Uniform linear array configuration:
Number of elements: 8
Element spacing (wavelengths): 0.5
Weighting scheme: uniform
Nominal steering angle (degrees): -60
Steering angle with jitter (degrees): -58.065
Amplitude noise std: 0.05
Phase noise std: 0.05

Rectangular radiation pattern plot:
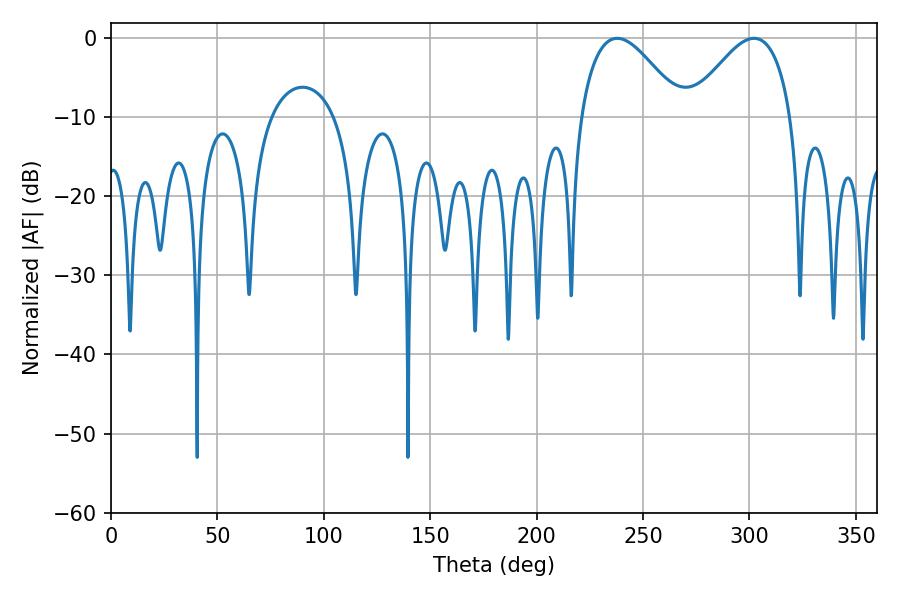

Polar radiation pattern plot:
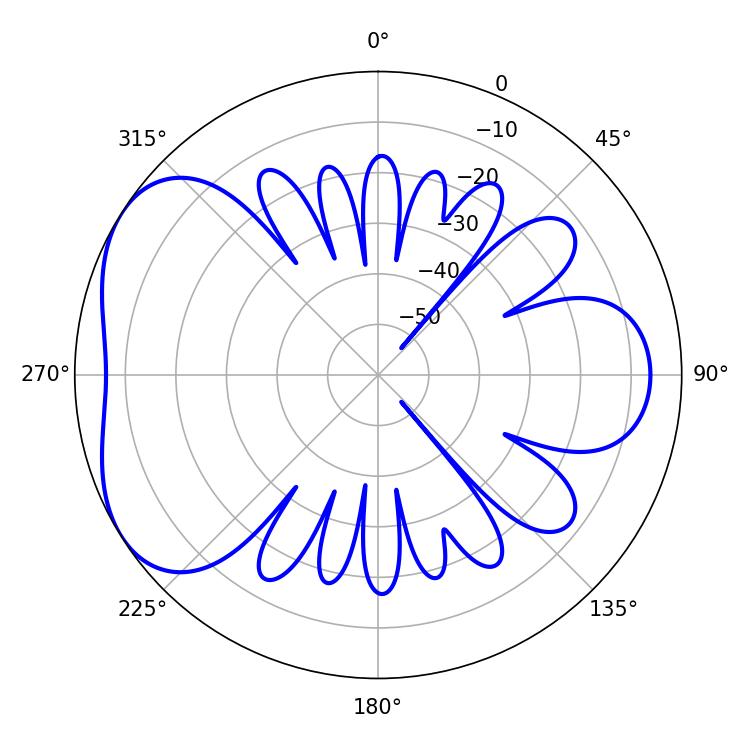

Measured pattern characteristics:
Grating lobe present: FALSE
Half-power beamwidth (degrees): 25.92
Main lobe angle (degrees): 237.78